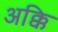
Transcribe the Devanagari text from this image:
अक्कि